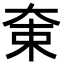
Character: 𡘝